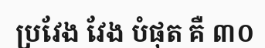
ប្រវែង វែង បំផុត គឺ ៣០